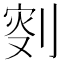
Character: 𠝬